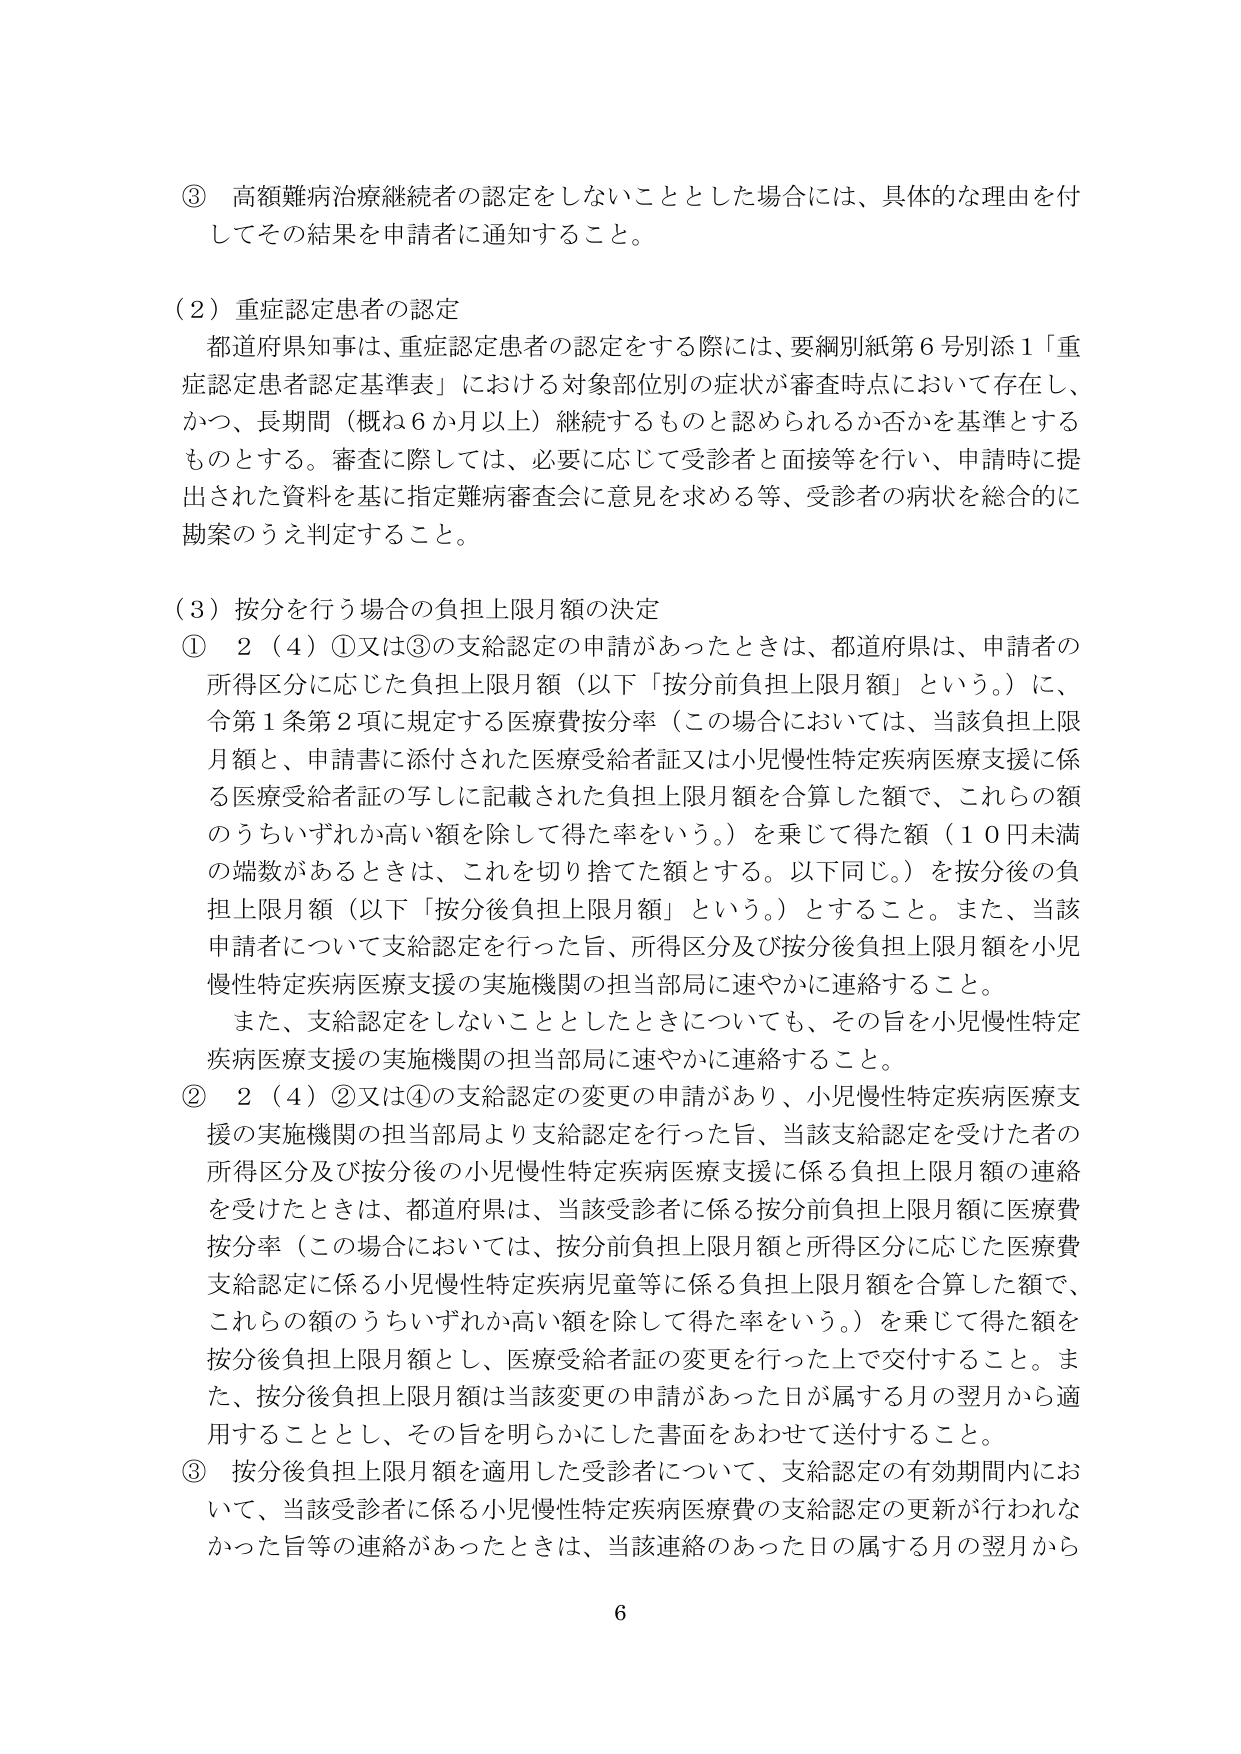
③ 高額難病治療継続者の認定をしないこととした場合には、具体的な理由を付してその結果を申請者に通知すること。

（2）重症認定患者の認定
都道府県知事は、重症認定患者の認定をする際には、要綱別紙第6号別添1「重症認定患者認定基準表」における対象部位別の症状が審査時点において存在し、かつ、長期間（概ね6か月以上）継続するものと認められるか否かを基準とするものとする。審査に際しては、必要に応じて受診者と面接等を行い、申請時に提出された資料を基に指定難病審査会に意見を求めめる等、受診者の病状を総合的に勘案のうえ判定すること。

（3）按分を行う場合の負担上限月額の決定
① 2（4）①又は③の支給認定の申請があったときは、都道府県は、申請者の所得区分に応じた負担上限月額（以下「按分前負担上限月額」という。）に、令第1条第2項に規定する医療費按分率（この場合においては、当該負担上限月額と、申請書に添付された医療受給者証又は小児慢性特定疾病医療支援に係る医療受給者証の写しに記載された負担上限月額を合算した額で、これらの額のうちいずれか高い額を除して得た率をいう。）を乗じて得た額（10円未満の端数があるときは、これを切り捨てた額とする。以下同じ。）を按分後の負担上限月額（以下「按分後負担上限月額」という。）とすること。また、当該申請者について支給認定を行った旨、所得区分及び按分後負担上限月額を小児慢性特定疾病医療支援の実施機関の担当部局に速やかに連絡すること。
また、支給認定をしないこととしたときについても、その旨を小児慢性特定疾病医療支援の実施機関の担当部局に速やかに連絡すること。

② 2（4）②又は④の支給認定の変更の申請があり、小児慢性特定疾病医療支援の実施機関の担当部局より支給認定を行った旨、当該支給認定を受けた者の所得区分及び按分後の小児慢性特定疾病医療支援に係る負担上限月額の連絡を受けたときは、都道府県は、当該受診者に係る按分前負担上限月額に医療費按分率（この場合においては、按分前負担上限月額と所得区分に応じた医療費支給認定に係る小児慢性特定疾病児童等に係る負担上限月額を合算した額で、これらの額のうちいずれか高い額を除して得た率をいう。）を乗じて得た額を按分後負担上限月額とし、医療受給者証の変更を行った上で交付すること。また、按分後負担上限月額は当該変更の申請があった日が属する月の翌月から適用することとし、その旨を明らかにした書面をあわせて送付すること。

③ 按分後負担上限月額を適用した受診者について、支給認定の有効期間内において、当該受診者に係る小児慢性特定疾病医療費の支給認定の更新が行われなかった旨等の連絡があったときは、当該連絡のあった日の属する月の翌月から

6